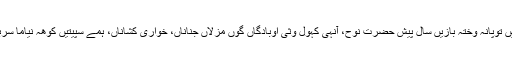
’’ترندیں توپانہ وختہ بازیں سال پیش حضرت نوح، آنہی کہول وثی اوبادگاں گوں مزلاں جناناں، خواری کشاناں، ہمے سپیتیں کوھہ نیاما سربیثغث۔